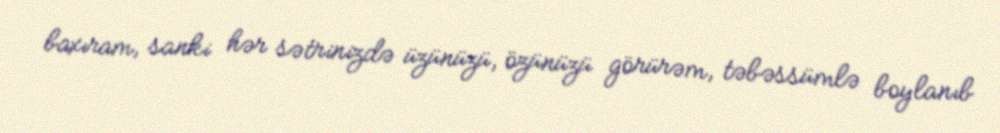
baxıram, sanki hər sətrinizdə üzünüzü, özünüzü görürəm, təbəssümlə boylanıb